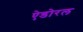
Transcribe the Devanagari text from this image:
ऐडोरल